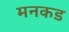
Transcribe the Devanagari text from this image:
मनकड